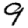
Digit: 9